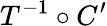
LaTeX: T^{-1}\circ C^{\prime}